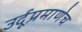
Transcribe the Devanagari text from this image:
उर्दूप्रमाणेच